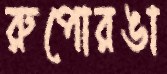
রুপোরঙা